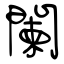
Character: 闌